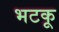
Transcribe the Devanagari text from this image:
भटकू